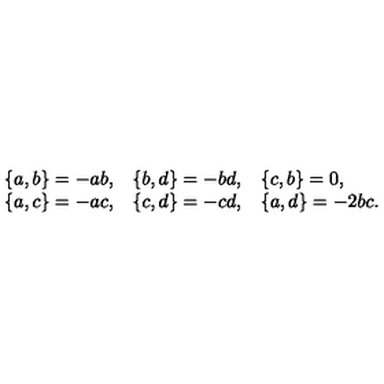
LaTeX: \begin{array} { l l l } { \{ a , b \} = - a b , } & { \{ b , d \} = - b d , } & { \{ c , b \} = 0 , } \\ { \{ a , c \} = - a c , } & { \{ c , d \} = - c d , } & { \{ a , d \} = - 2 b c . } \\ \end{array}